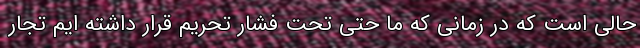
حالی است که در زمانی که ما حتی تحت فشار تحریم قرار داشته ایم تجار